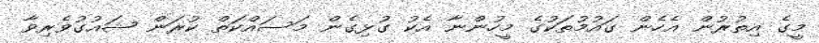
މީގެ އިތުރުން އެހެން ގައުމުތަކުގެ މީހުންނާ އެކު ގުޅިގެން މަސައްކަތް ކުރަން ޝައުގުވެރިވާ